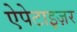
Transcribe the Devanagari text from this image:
ऐपेटाइज़र